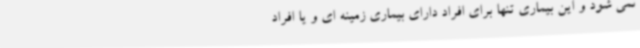
نمی شود و این بیماری تنها برای افراد دارای بیماری زمینه ای و یا افراد